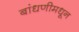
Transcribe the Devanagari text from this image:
बांधणीमधून